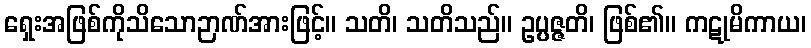
ရှေးအဖြစ်ကိုသိသောဉာဏ်အားဖြင့်။ သတိ၊ သတိသည်။ ဥပ္ပဇ္ဇတိ၊ ဖြစ်၏။ ကဋုမိကာယ၊